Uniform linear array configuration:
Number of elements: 16
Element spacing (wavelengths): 0.75
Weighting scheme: exponential
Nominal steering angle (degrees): -45
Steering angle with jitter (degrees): -46.389
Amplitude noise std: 0.05
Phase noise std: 0.05

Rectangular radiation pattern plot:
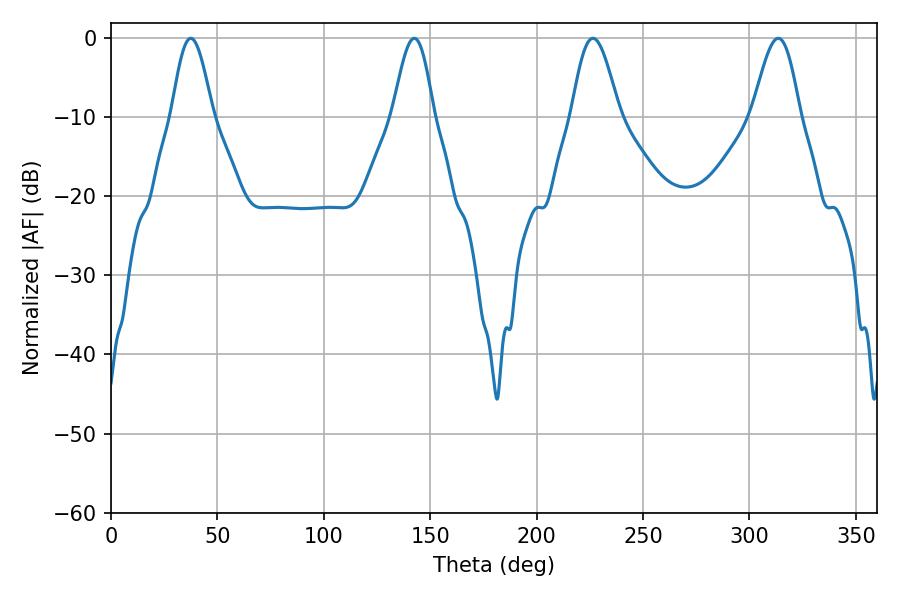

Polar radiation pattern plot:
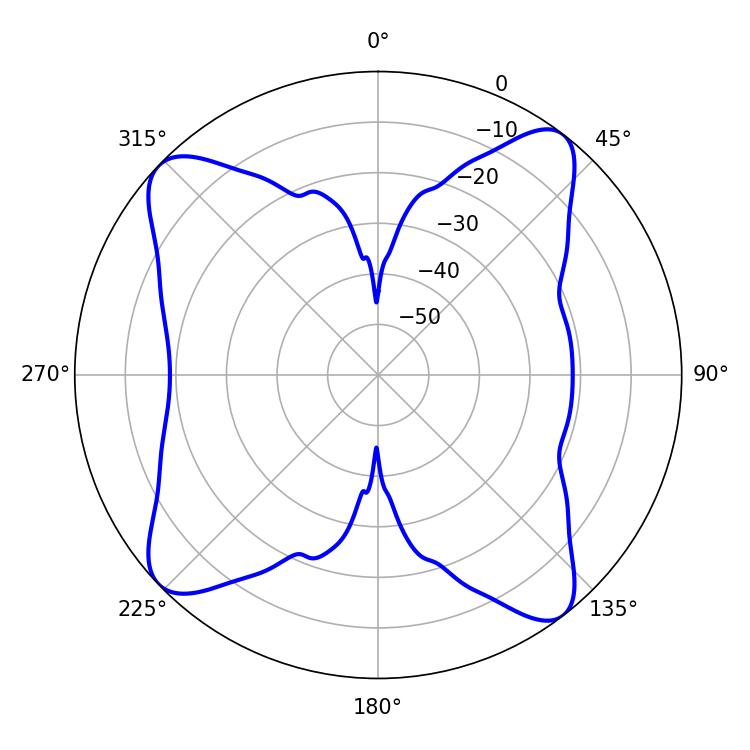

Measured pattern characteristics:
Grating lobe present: TRUE
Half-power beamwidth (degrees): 11.88
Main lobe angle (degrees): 226.44